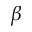
\beta